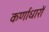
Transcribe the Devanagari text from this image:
कर्णाधारों